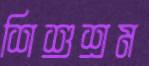
শিশুশ্রম